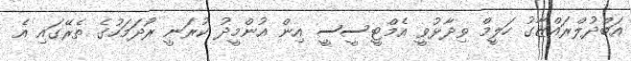
އަބްދުލްރައްޒާގު ހަލީމް ވިދާޅުވީ އެމްޓީސީސީ އިން އުންމީދު ކުރަނީ ރޯދަމަހުގެ ތެރޭގައި އެ